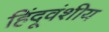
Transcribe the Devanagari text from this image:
हिंदूवंशीय